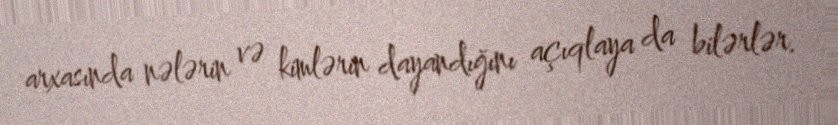
arxasında nələrin və kimlərin dayandığını açıqlaya da bilərlər.